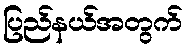
ပြည်နယ်အတွက်